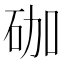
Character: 𥑆